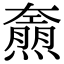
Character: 𤑌